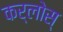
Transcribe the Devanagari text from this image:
कर्लोस्